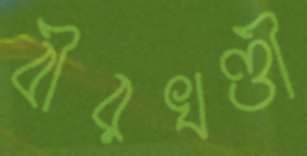
বীরখণ্ডী